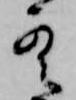
雲